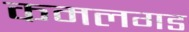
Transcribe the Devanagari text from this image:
कमलगड